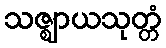
သဇ္ဈာယသုတ္တံ